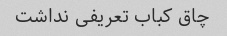
چاق کباب تعریفی نداشت